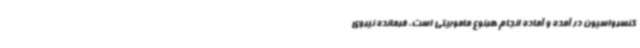
کنسرواسیون در آمده و آماده انجام هرنوع ماموریتی است. فرمانده نیروی